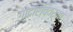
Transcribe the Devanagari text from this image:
गोदारविवर्मा